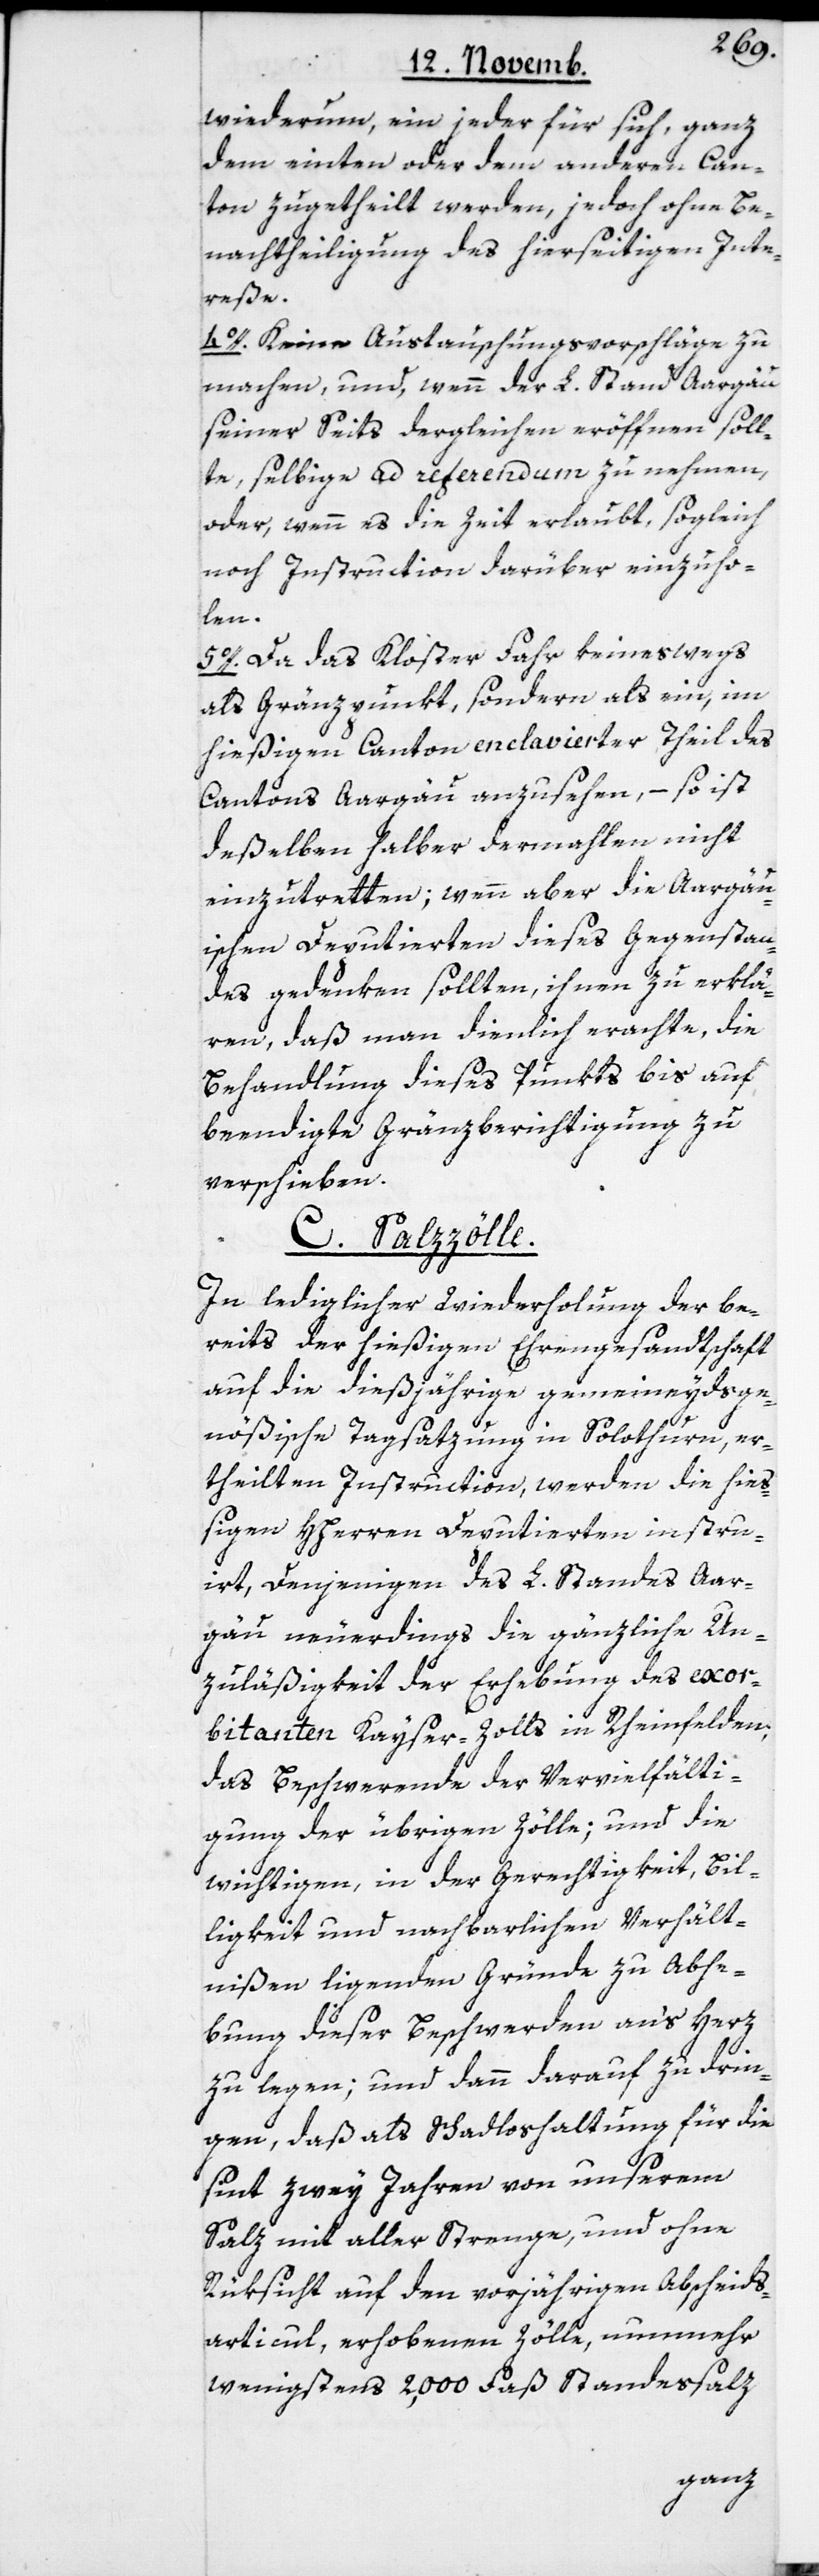
wiederum, ein jeder für sich, ganz
dem einten oder dem anderen Can¬
ton zugetheilt werden, jedoch ohne Be¬
nachtheiligung des hierseitigen Inte¬
reße.
4o. Keine Austauschungsvorschläge zu
machen, und, wenn der L. Stand Aargäu
seiner Seits dergleichen eröffnen soll¬
te, selbige ad referendum zu nehmen,
oder, wenn es die Zeit erlaubt, sogleich
noch Instruction darüber einzuho¬
len.
5o. Da das Kloster Fahr keineswegs
als Gränzpunkt, sondern als ein, im
hießigen Canton enclavierter Theil des
Cantons Aargäu anzusehn, – so ist
deßelben halber dermahlen nicht
einzutretten; wenn aber die Aargäu¬
ischen Deputierten dieses Gegenstan¬
des gedenken sollten, ihnen zu erklä¬
ren, daß man dienlich erachte, die
Behandlung dieses Punkts bis auf
beendigte Gränzberichtigung zu
verschieben.
C. Salzzölle.
In lediglicher Wiederholung der be¬
reits der hießigen Ehengesandtschaft
auf die diesjährige gemeineydsge¬
nößische Tagsatzung in Solothurn, er¬
theilten Instruction, werden die hie¬
ßigen HHerren Deputierten instru¬
iert, Denjenigen des L. Standes Aar¬
gau neuerdings die gänzliche Un¬
zuläßigkeit der Erhebung des exor¬
bitanten Kayser-Zolls in Rheinfelden,
das Beschwerende der Vervielfälti¬
gung der übrigen Zölle; und die
wichtigen, in der Gerechtigkeit, Bil¬
ligkeit und nachbarlichen Verhält¬
nißen liegenden Gründe zu Abhe¬
bung dieser Beschwerden an’s Herz
zu legen; und dann darauf zu drin¬
gen, daß als Schadloshaltung für die
sint zwey Jahren von unserem
Salz mit aller Strenge, und ohne
Rüksicht auf den vorjährigen Abscheids¬
articul, erhobenen Zölle, nunmehr
wenigstens 2,000 Faß Standessalz